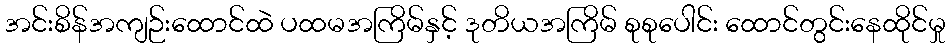
အင်းစိန်အကျဉ်းထောင်ထဲ ပထမအကြိမ်နှင့် ဒုတိယအကြိမ် စုစုပေါင်း ထောင်တွင်းနေထိုင်မှု